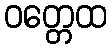
ဝတ္တေထ